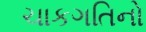
ચાકગતિનો